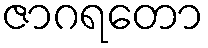
ဇာဂရတော